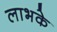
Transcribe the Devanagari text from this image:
लाभके